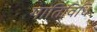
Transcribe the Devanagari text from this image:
गातिविधि